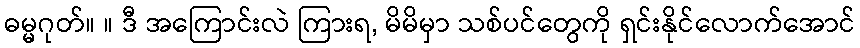
ဓမ္မဂုတ်။ ။ ဒီ အကြောင်းလဲ ကြားရ, မိမိမှာ သစ်ပင်တွေကို ရှင်းနိုင်လောက်အောင်